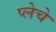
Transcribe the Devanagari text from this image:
प्लेचे